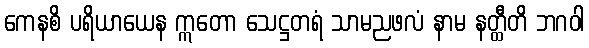
ကေနစိ ပရိယာယေန ဣတော သေဋ္ဌတရံ သာမညဖလံ နာမ နတ္ထီတိ ဘဂဝါ